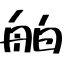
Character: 舶